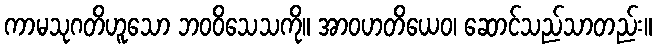
ကာမသုဂတိဟူသော ဘဝဝိသေသကို။ အာဝဟတိယေဝ၊ ဆောင်သည်သာတည်း။